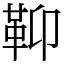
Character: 䩕